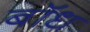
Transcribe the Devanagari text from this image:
बाॅध